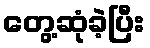
တွေ့ဆုံခဲ့ပြီး